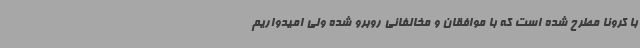
با کرونا مطرح شده است که با موافقان و مخالفانی روبرو شده ولی امیدواریم